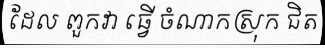
ដែល ពួកវា ធ្វើ ចំណាកស្រុក ជិត